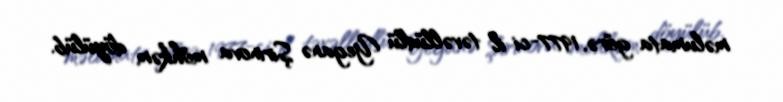
məlumata görə, 1977-ci il təvəllüdlü Yeganə Şirinova möhkəm döyülüb.